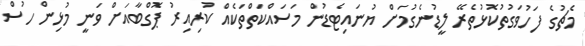
މެޗުގެ ފަހުވަގުތުކޮޅުތެރޭ ލީޑުނެގުމަށް ޔުނައިޓެޑުން މަސައްކަތްތަކެއް ކުރިއިރު ޕޮގްބާއަށް ވަނީ މުޅިން ހުސް